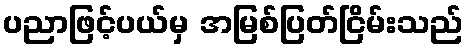
ပညာဖြင့်ပယ်မှ အမြစ်ပြတ်ငြိမ်းသည်